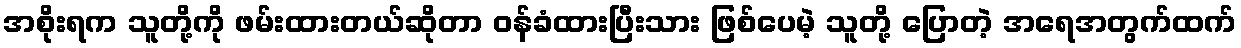
အစိုးရက သူတို့ကို ဖမ်းထားတယ်ဆိုတာ ဝန်ခံထားပြီးသား ဖြစ်ပေမဲ့ သူတို့ ပြောတဲ့ အရေအတွက်ထက်